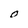
Character: O